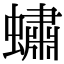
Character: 𧑛